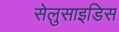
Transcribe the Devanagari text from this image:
सेलुसाइडिस